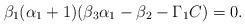
LaTeX: \begin{align*}\qquad\quad\beta_1(\alpha_1+1)(\beta_3\alpha_1-\beta_2-\Gamma_1C)=0.\end{align*}